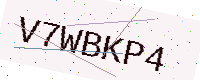
Text: V7WBKP4